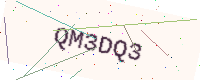
Text: QM3DQ3